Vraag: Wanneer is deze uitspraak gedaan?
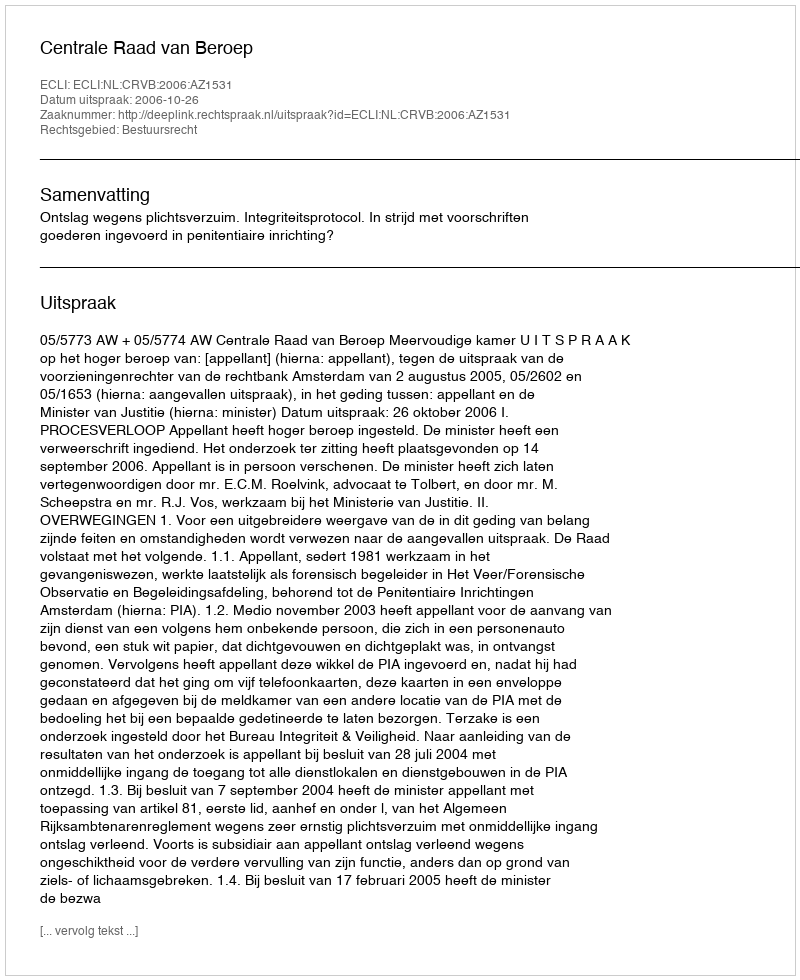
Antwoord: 2006-10-26